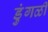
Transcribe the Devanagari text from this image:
डुंगळी